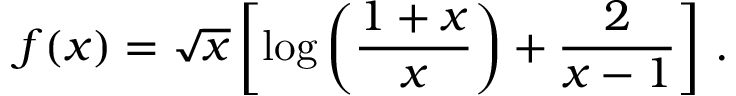
f ( x ) = \sqrt { x } \left[ \log \left( \frac { 1 + x } { x } \right) + { \frac { 2 } { x - 1 } } \right] \, .